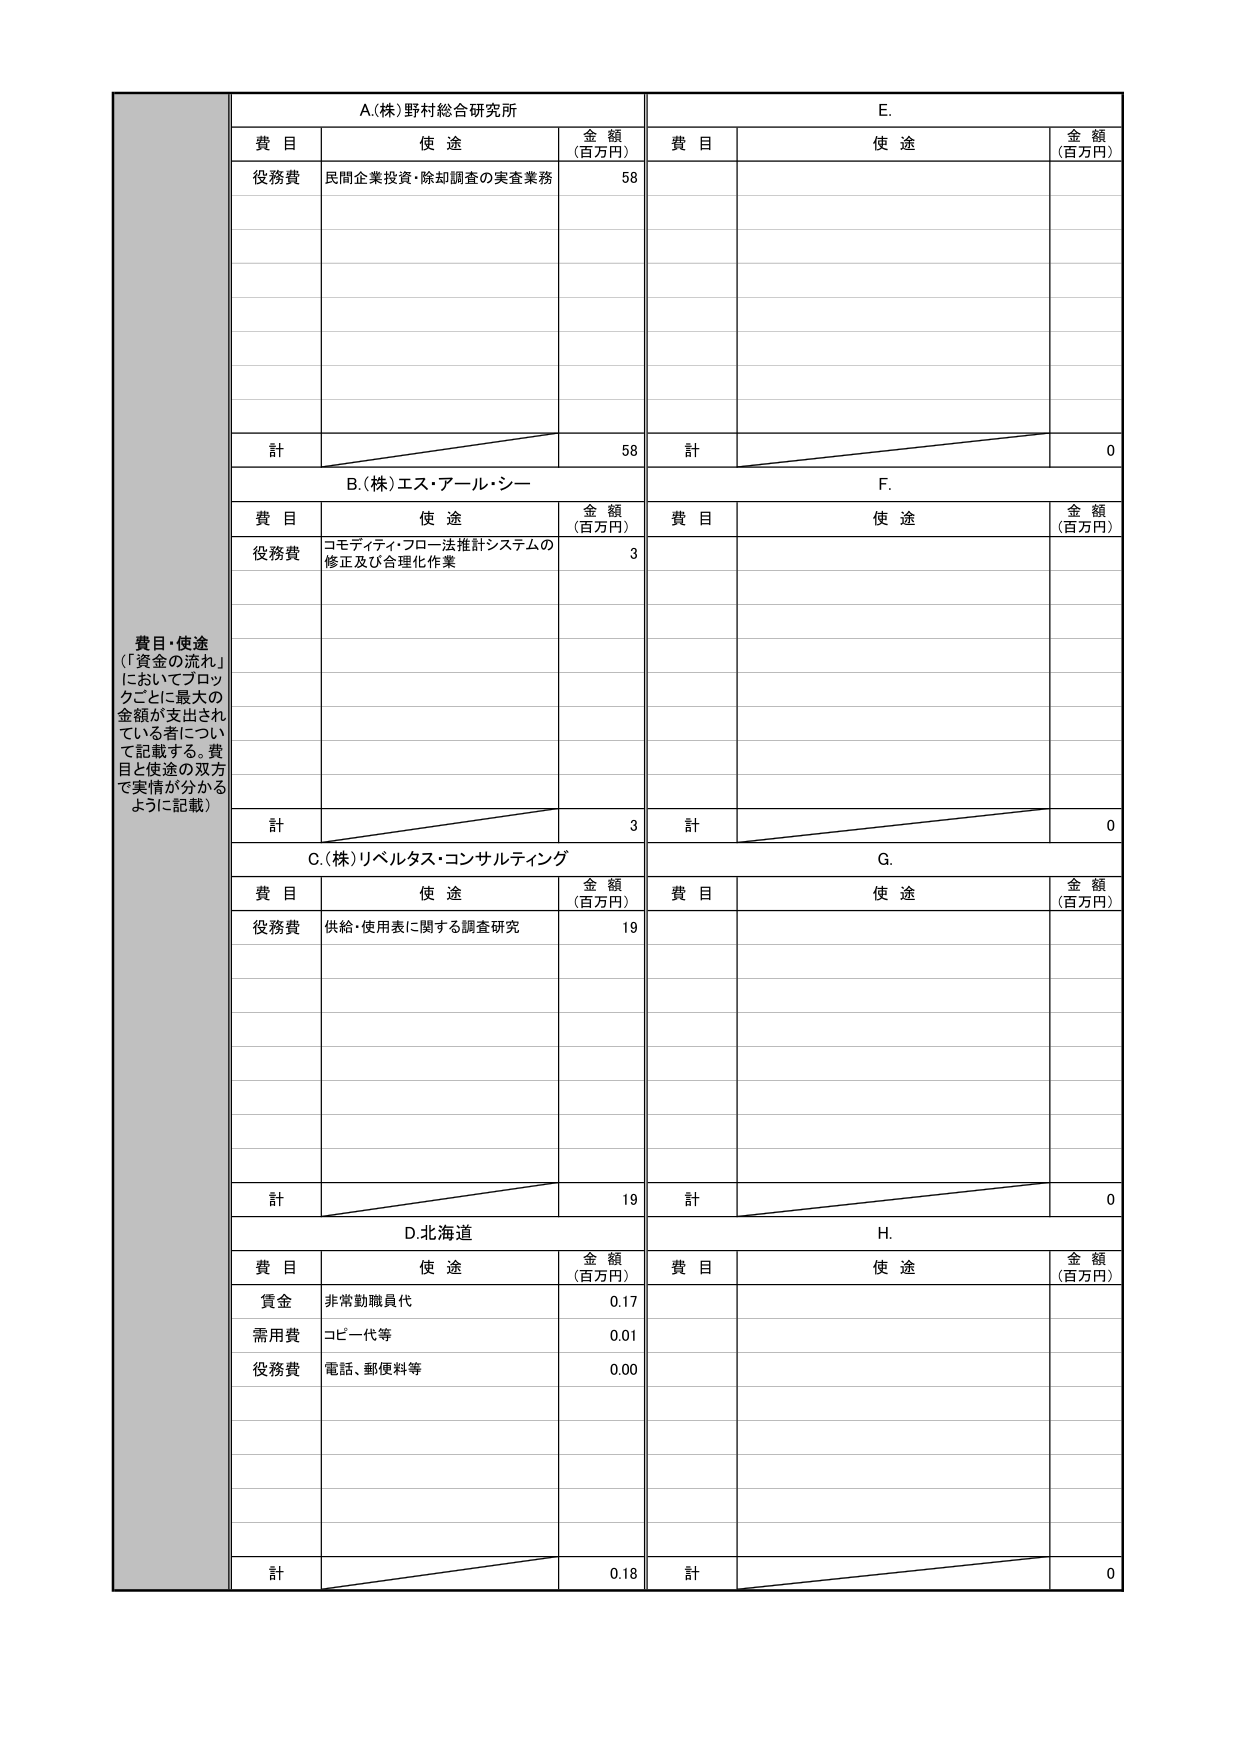
費目・使途
（「資金の流れ」
においてブロッ
クごとに最大の
金額が支出され
ている者につい
て記載する。費
目と使途の双方
で実情が分かる
ように記載）

A.(株)野村総合研究所
費目 使途 金額（百万円）
役務費 民間企業投資・除却調査の実査業務 58
計 58

B.(株)エス・アール・シー
費目 使途 金額（百万円）
役務費 コモディティ・フロー法推計システムの
修正及び合理化作業 3
計 3

C.(株)リベルタス・コンサルティング
費目 使途 金額（百万円）
役務費 供給・使用表に関する調査研究 19
計 19

D.北海道
費目 使途 金額（百万円）
賃金 非常勤職員代 0.17
需用費 コピー代等 0.01
役務費 電話、郵便料等 0.00
計 0.18

E.
費目 使途 金額（百万円）
計 0

F.
費目 使途 金額（百万円）
計 0

G.
費目 使途 金額（百万円）
計 0

H.
費目 使途 金額（百万円）
計 0